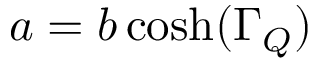
a = b \cosh ( \Gamma _ { Q } )